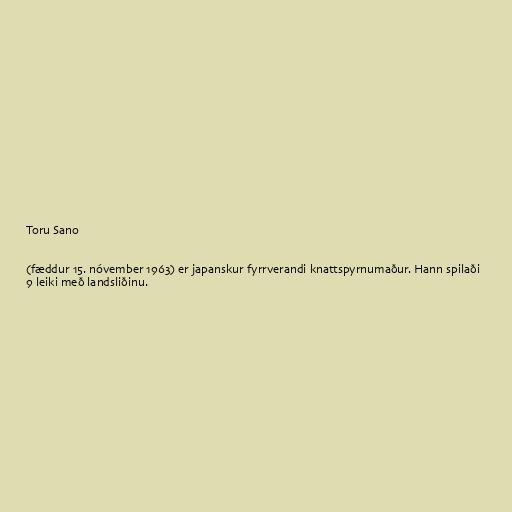
Toru Sano

(fæddur 15. nóvember 1963) er japanskur fyrrverandi knattspyrnumaður. Hann spilaði
9 leiki með landsliðinu.